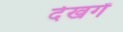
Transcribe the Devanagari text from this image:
देखगें